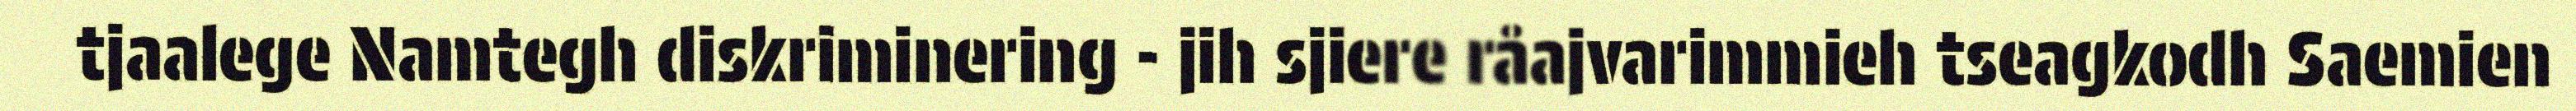
tjaalege Namtegh diskriminering - jih sjiere råajvarimmieh tseagkodh Saemien